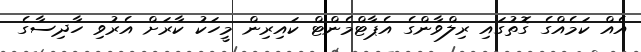
އެއް ކަމެއްގެ ގޮތުގައި ރިލްވާންގެ އެޕާޓްމެންޓް ކައިރިން މީހަކު ކާރަށް އެރުވި ހާދިސާގެ